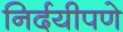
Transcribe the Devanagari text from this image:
निर्दयीपणे